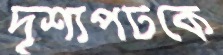
দৃশ্যপটকে